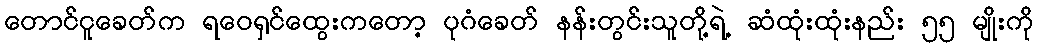
တောင်ငူခေတ်က ရဝေရှင်ထွေးကတော့ ပုဂံခေတ် နန်းတွင်းသူတို့ရဲ့ ဆံထုံးထုံးနည်း ၅၅ မျိုးကို